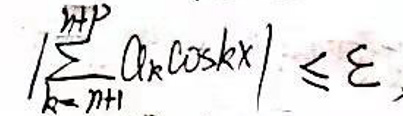
$\left|\sum_{k = n + 1}^{n + p} a_{k} \cos kx\right| \leq \varepsilon$